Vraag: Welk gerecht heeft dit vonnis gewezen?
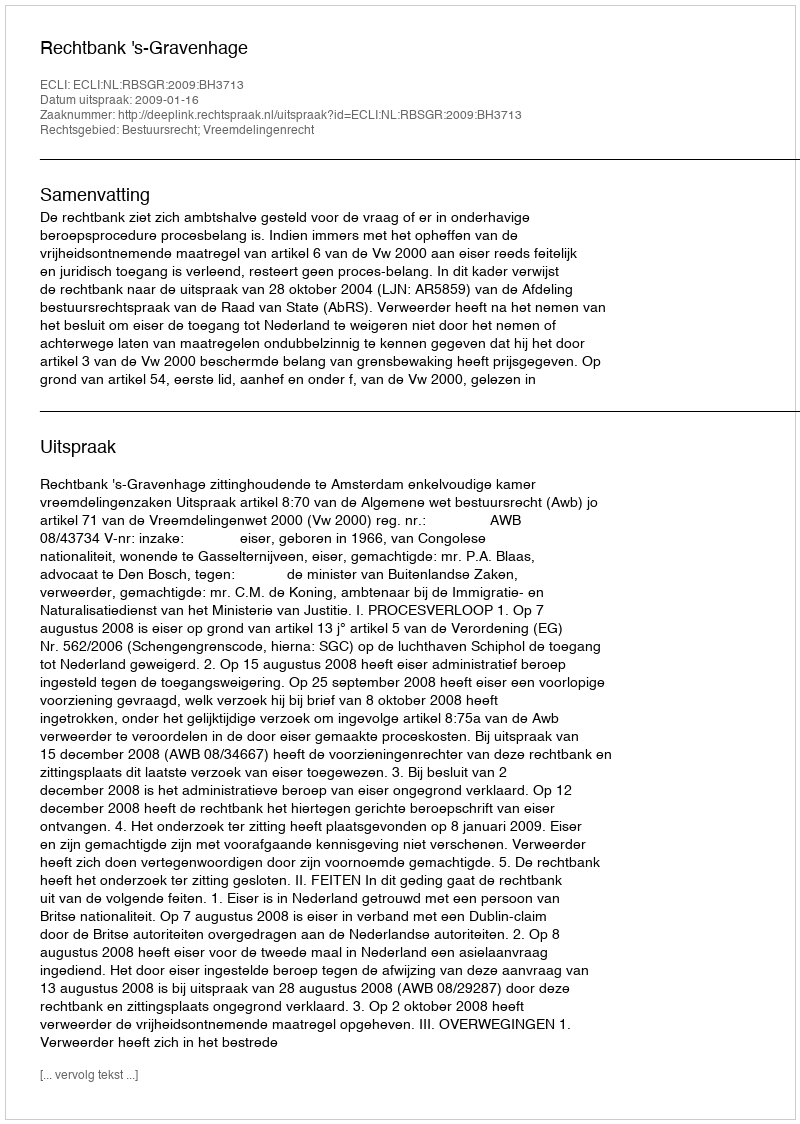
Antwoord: Rechtbank 's-Gravenhage